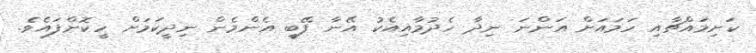
ކަށިމައްޗާއި ހަމައަށް އަންނަ ނިދާ ހެދުމާއިއެކު އޭނާ ފޭބީ އެންމެން ނިދީކަމަށް ހީކޮށްފައެވެ.